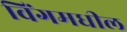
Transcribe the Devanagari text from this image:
विंगमधील